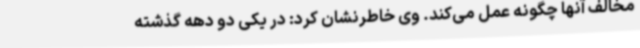
مخالف آنها چگونه عمل می‌کند. وی خاطرنشان کرد: در یکی دو دهه گذشته